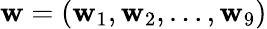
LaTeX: \boldsymbol{\mathbf{w}}=(\mathbf{w}_{1},\mathbf{w}_{2},\dots,\mathbf{w}_{9})